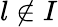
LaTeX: l\notin{I}